Medical and sanitary report of the native army of Bengal for the year
Year: 1875
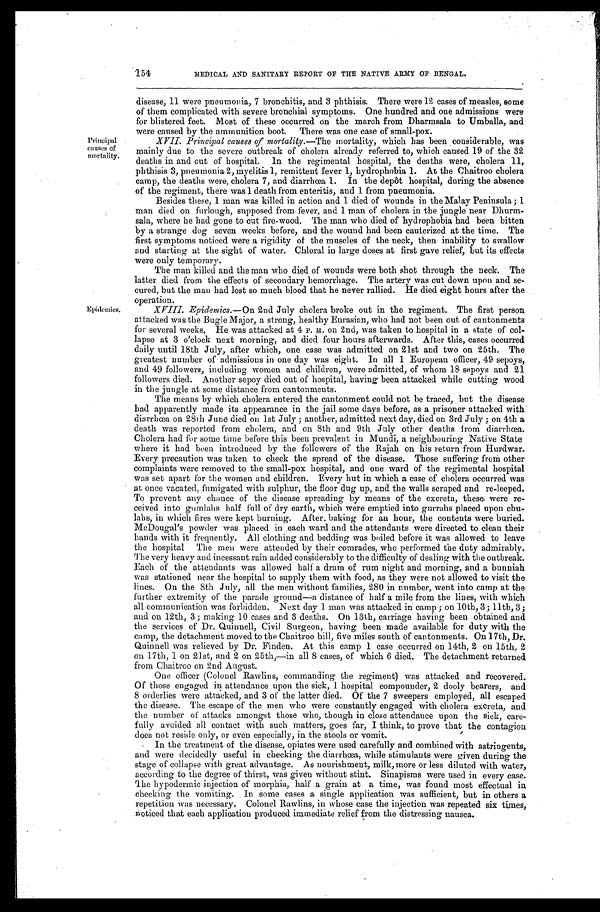
154
MEDICAL AND SANITARY REPORT OF THE NATIVE ARMY OF BENGAL.
Principal
causes of
mortality.
Epidemics.
disease, 11 were pneumonia, 7 bronchitis, and 3 phthisis. There were 12 cases of measles, some
of them complicated with severe bronchial symptoms. One hundred and one admissions were
for blistered feet. Most of these occurred on the march from Dharmsala to Umballa, and
were caused by the ammunition boot. There was one case of small-pox.
XVII. _Principal causes of mortality.— The mortality, which has been considerable, was
mainly due to the severe outbreak of cholera already referred to, which caused 19 of the 32
deaths in and out of hospital. In the regimental hospital, the deaths were, cholera 11,
phthisis 3, pneumonia 2, myelitis 1, remittent fever 1, hydrophobia 1. At the Chaitroo cholera
camp, the deaths were, cholera 7, and diarrhœa 1. In the depôt hospital, during the absence
of the regiment, there was 1 death from enteritis, and 1 from pneumonia.
Besides these, 1 man was killed in action and 1 died of wounds in the Malay Peninsula; 1
man died on furlough, supposed from fever, and 1 man of cholera in the jungle near Dhurm
-sala, where he had gone to cut fire-wood. The man who died of hydrophobia had been bitten
by a strange dog seven weeks before, and the wound had been cauterized at the time. The
first symptoms noticed were a rigidity of the muscles of the neck, then inability to swallow
and starting at the sight of water. Chloral in large doses at first gave relief, but its effects
were only temporary.
The man killed and the man who died of wounds were both shot through the neck. The
latter died from the effects of secondary hemorrhage. The artery was cut down upon and se
- c u r e d , b u t t h e m a n h a d l o s t s o m u c h b l o o d t h a t h e n e v e r r a l l i e d . H e d i e d e i g h t h o u r s a f t e r t h e
operation.
XVIII. Epidemics. —On 2nd July cholera broke out in the regiment. The first person
attacked was the Bugle Major, a strong, healthy Eurasian, who had not been out of cantonments
for several weeks. He was attacked at 4 P. M. on 2nd, was taken to hospital in a state of col
- l a p s e a t 3 o ' c l o c k n e x t m o r n i n g , a n d d i e d f o u r h o u r s a f t e r w a r d s . A f t e r t h i s , c a s e s o c c u r r e d
daily until 18th July, after which, one case was admitted on 21st and two on 25th. The
greatest number of admissions in one day was eight. In all 1 European officer, 49 sepoys,
and 49 followers, including women and children, were admitted, of whom 18 sepoys and 21
followers died. Another sepoy died out of hospital, having been attacked while cutting wood
in the jungle at some distance from cantonments.
The means by which cholera entered the cantonment could not be traced, but the disease
had apparently made its appearance in the jail some days before, as a prisoner attacked with
diarrhœa on 28th June died on 1st July; another, admitted next day, died on 3rd July; 4th a
death was reported from cholera, and on 8th and 9th July other deaths from diarrhœa.
Cholera had for some time before this been prevalent in Mundi, a neighbouring Native State
where it had been introduced by the followers of the Rajah on his return from Hurdwar.
Every precaution was taken to check the spread of the disease. Those suffering from other
complaints were removed to the small-pox hospital, and one ward of the regimental hospital
was set apart for the women and children. Every hut in which a case of cholera occurred was
at once vacated, fumigated with sulphur, the floor dug up, and the walls scraped and re-leeped.
To prevent any chance of the disease spreading by means of the excreta, these were re
-ceived into gumlahs half full of dry earth, which were emptied into gurrahs placed upon chu
- l a h s , i n w h i c h f i r e s w e r e k e p t b u r n i n g . A f t e r b a k i n g f o r a n h o u r , t h e c o n t e n t s w e r e b u r i e d .
McDougal's powder was placed in each ward and the attendants were directed to clean their
hands with it frequently. All clothing and bedding was boiled before it was allowed to leave
the hospital The men were attended by their comrades, who performed the duty admirably.
The very heavy and incessant rain added considerably to the difficulty of dealing with the outbreak.
Each of the attendants was allowed half a dram of rum night and morning, and a bunniah
was stationed near the hospital to supply them with food, as they were not allowed to visit the
lines. On the 8th July, all the men without families, 280 in number, went into camp at the
further extremity of the parade ground—a distance of half a mile from the lines, with which
all communication was forbidden. Next day 1 man was attacked in camp; on 10th, 3; 11th, 3;
and on 12th, 3; making 10 cases and 3 deaths. On 13th, carriage having been obtained and
the services of Dr. Quinnell, Civil Surgeon, having been made available for duty with the
camp, the detachment moved to the Chaitroo hill, five miles south of cantonments. On 17th, Dr.
Quinnell was relieved by Dr. Finden. At this camp 1 case occurred on 14th, 2 on 15th, 2
on 17th, 1 on 21st, and 2 on 25th, —i n al l 8 cases, of whi ch 6 di ed. The detachment returned
from Chaitroo on 2nd August.
One officer (Colonel Rawlins, commanding the regiment) was attacked and recovered.
Of those engaged in attendance upon the sick, 1 hospital compounder, 2 dooly bearers, and
8 orderlies were attacked, and 3 of the latter died. Of the 7 sweepers employed, all escaped
the disease. The escape of the men who were constantly engaged with cholera excreta, and
the number of attacks amongst those who, though in close attendance upon the sick, care
- f u l l y a v o i d e d a l l c o n t a c t w i t h s u c h m a t t e r s , g o e s f a r , I t h i n k , t o p r o v e t h a t t h e c o n t a g i o n
does not reside only, or even especially, in the stools or vomit.
In the treatment of the disease, opiates were used carefully and combined with astringents,
and were decidedly useful in checking the diarrhœa, while stimulants were given during the
stage of collapse with great advantage. As nourishment, milk, more or less diluted with water,
according to the degree of thirst, was given without stint. Sinapisms were used in every case.
The hypodermic injection of morphia, half a grain at a time, was found most effectual in
checki ng t he vomi t i ng. I n some cases a si ngl e appl i cat i on was suf f i ci ent , but i n ot her s a
repetition was necessary. Colonel Rawlins, in whose case the injection was repeated six times,
noticed that each application produced immediate relief from the distressing nausea.